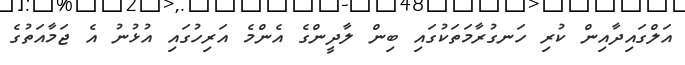
އަލްގައިދާއިން ކުރި ހަނގުރާމަތަކުގައި ބިން ލާދީންގެ އެންމެ އަރިހުގައި އުޅުނު އެ ޖަމާއަތުގެ